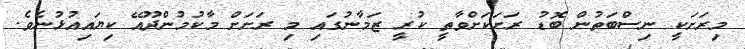
މިރަށަކީ ނިސްބަތުން ބޮޑު ރަށަކަށްވާތީ ކުރީ ޒަމާނުގައި މި ރަށަށް މާކުމުންދޫއޭ ކިޔައިއުޅުނެވެ.